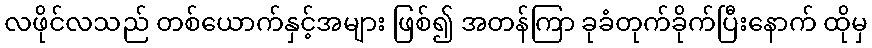
လဖိုင်လသည် တစ်ယောက်နှင့်အများ ဖြစ်၍ အတန်ကြာ ခုခံတုက်ခိုက်ပြီးနောက် ထိုမှ